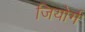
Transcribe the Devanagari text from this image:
जियोर्ग